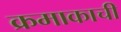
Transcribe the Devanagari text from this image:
क्रमाकाची